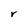
Character: r